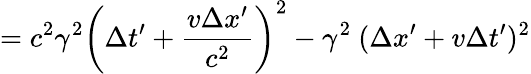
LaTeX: =c^{2}\gamma^{2}\left(\Delta t^{\prime}+{\frac{v\Delta x^{\prime}}{c^{2}}}\right)^{2}-\gamma^{2}\ (\Delta x^{\prime}+v\Delta t^{\prime})^{2}